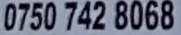
0750 742 8068